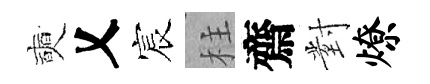
奭乂宸柱齋對燎